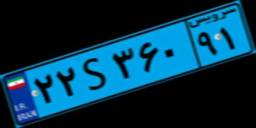
۰۷S۷۳۲۱۶